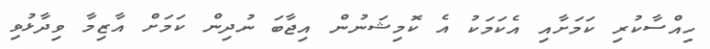
ހިއްސާކުރި ކަމަށާއި އެކަމަކު އެ ކޮމިޝަނުން އިޖާބަ ނުދިން ކަމަށް އާޒިމާ ވިދާޅުވި